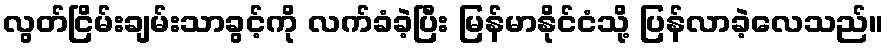
လွတ်ငြိမ်းချမ်းသာခွင့်ကို လက်ခံခဲ့ပြီး မြန်မာနိုင်ငံသို့ ပြန်လာခဲ့လေသည်။